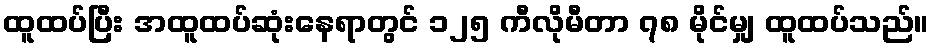
ထူထပ်ပြီး အထူထပ်ဆုံးနေရာတွင် ၁၂၅ ကီလိုမီတာ ၇၈ မိုင်မျှ ထူထပ်သည်။